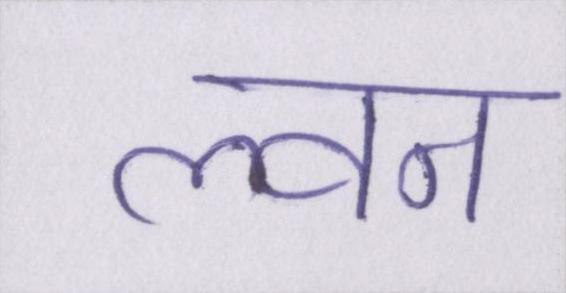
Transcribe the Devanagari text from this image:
ल्वन